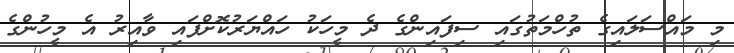
މި މައްސަލައިގެ ތުހްމަތުގައި ސިފައިންގެ ދެ މީހަކު ހައްޔަރުކޮށްފައި ވާއިރު އެ މީހުންގެ